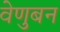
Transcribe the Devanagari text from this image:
वेणुबन